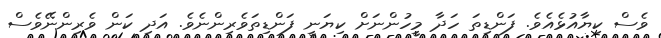
ވެސް ކިޔާއުޅެއެވެ. ފަންޑިތަ ހަދާ މީހުންނަށް ކިޔަނީ ފަންޑިތަވެރިންނެވެ. އަދި ކަން ވެރިންނޭވެސް